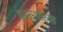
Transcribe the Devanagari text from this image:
आदर्शापर्यंत